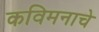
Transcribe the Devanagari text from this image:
कविमनाचे